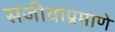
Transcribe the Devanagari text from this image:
सजीवांप्रमाणे